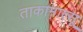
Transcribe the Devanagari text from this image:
ताकामात्सू